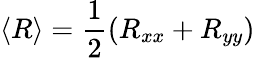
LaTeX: \langle R\rangle=\frac{1}{2}(R_{xx}+R_{yy})